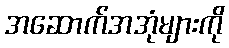
အဆောက်အအုံများကို